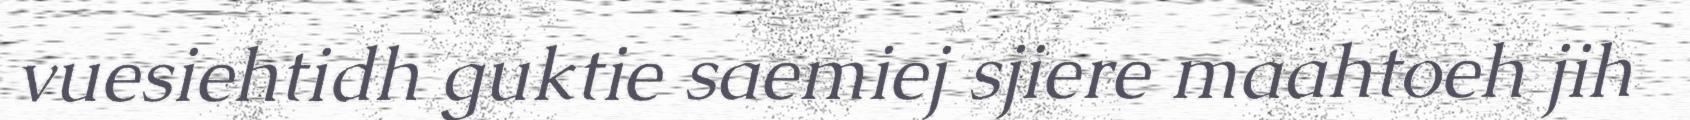
vuesiehtidh guktie saemiej sjiere maahtoeh jih